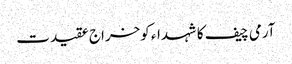
آرمی چیف کا شہداء کوخراج عقیدت